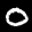
Label: 0